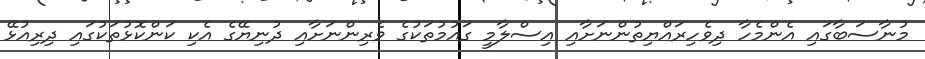
މުނާސަބާގައި އެންމެހާ ދިވެހިރައްޔިތުންނަށާއި އިސްލާމީ ގައުމުތަކުގެ ވެރިންނަށާއި ދުނިޔޭގެ އެކި ކަންކޮޅުތަކުގައި ދިރިއުޅޭ